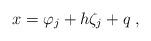
LaTeX: \begin{align*}x = \varphi_j + h \zeta_j + q \;,\end{align*}